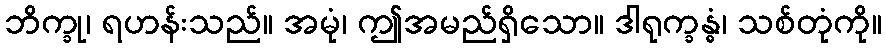
ဘိက္ခု၊ ရဟန်းသည်။ အမုံ၊ ဤအမည်ရှိသော။ ဒါရုက္ခန္ဓံ၊ သစ်တုံကို။